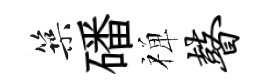
築磻禅瞽